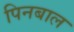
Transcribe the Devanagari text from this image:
पिनबाल